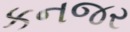
કનજર